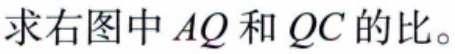
求右图中 \(AQ\) 和 \(QC\) 的比。